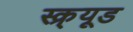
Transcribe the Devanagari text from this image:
स्क्र्यूड